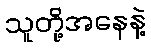
သူတို့အနေနဲ့